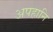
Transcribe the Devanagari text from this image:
अपहानि